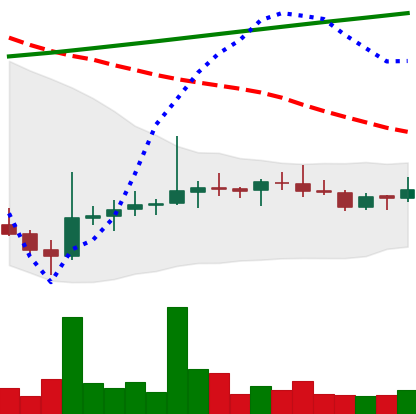
Ticker: DOGE-USD
Chart end date: 2021-08-06
Forward return: 29.594%
Label: up_7plus